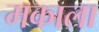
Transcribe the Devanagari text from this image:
मकाला